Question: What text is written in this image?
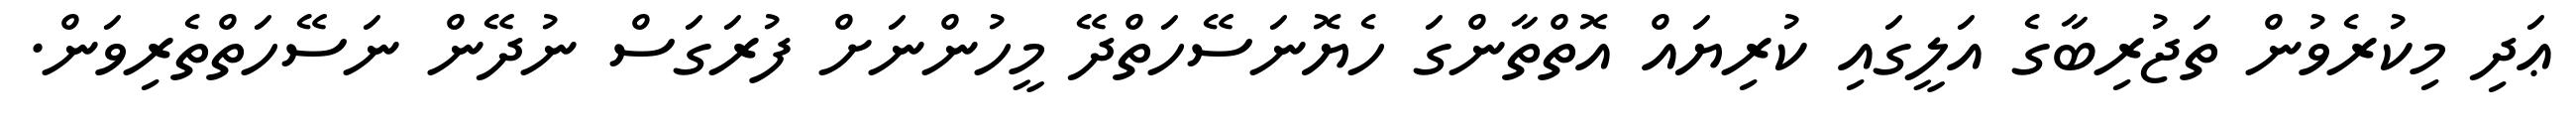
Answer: ޢަދި މިކުރެވުން ތަޖުރިބާގެ އަލީގައި ކުރިޔައް އޮތްތާންގަ ހެޔޮނަސޭހަތްދޭ މީހުންނަށް ފުރަގަސް ނުދޭން ނަސޭހަތްތެރިވަން.